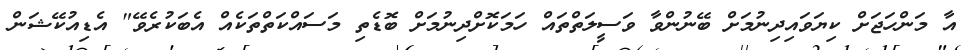
އާ މަންހަޖަށް ކިޔަވައިދިނުމަށް ބޭނުންވާ ވަސީލަތްތައް ހަމަކޮށްދިނުމަށް ބޮޑެތި މަސައްކަތްތަކެއް އެބަކުރެވޭ" އެޑިއުކޭޝަން